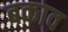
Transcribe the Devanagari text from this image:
बकाव